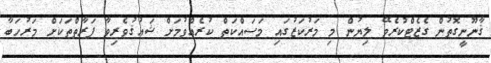
ޤާނޫނީގޮތުން ގެޒެޓްކުރެވޭ ލިޔުން މި މަރުކަޒުގައި މަސައްކަތް ކުރެއްވުމަށް ޝައުޤުވެރިވާ ފަރާތްތަކަށް މަރުހަބާ